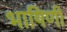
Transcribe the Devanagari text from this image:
भाषिणी